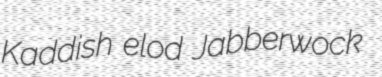
Kaddish elod Jabberwock